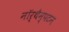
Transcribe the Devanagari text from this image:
नॉर्थैम्पटन